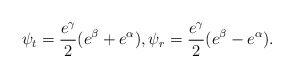
\begin{align*} \psi_t=\frac{e^\gamma}{2}(e^\beta+e^\alpha),\psi_r=\frac{e^\gamma}{2}(e^\beta-e^\alpha).\end{align*}